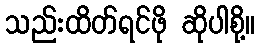
သည်းထိတ်ရင်ဖို ဆိုပါစို့။